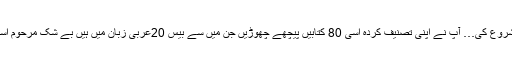
1889ء میں بیعت لینی شروع کی… آپ نے اپنی تصنیف کردہ اسی 80 کتابیں پیچھے چھوڑیں جن میں سے بیس 20عربی زبان میں ہیں بے شک مرحوم اسلام کا ایک بڑا پہلوان تھا۔